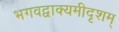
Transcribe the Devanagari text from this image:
भगवद्वाक्यमीदृशम्